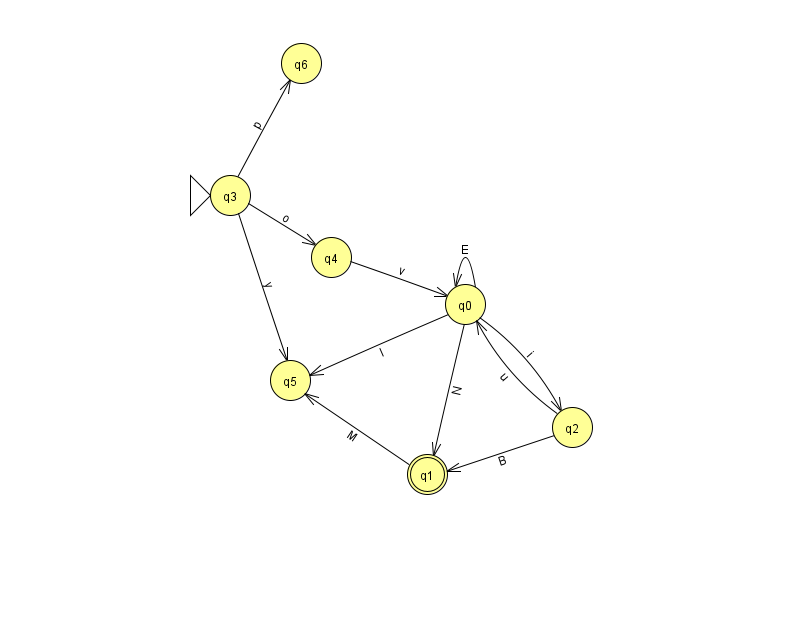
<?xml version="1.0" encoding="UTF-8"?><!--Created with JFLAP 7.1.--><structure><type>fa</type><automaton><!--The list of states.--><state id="0" name="q0"><x>465.0</x><y>291.0</y></state><state id="1" name="q1"><x>427.0</x><y>461.0</y><final/></state><state id="2" name="q2"><x>572.0</x><y>414.0</y></state><state id="3" name="q3"><x>230.0</x><y>182.0</y><initial/></state><state id="4" name="q4"><x>331.0</x><y>244.0</y></state><state id="5" name="q5"><x>290.0</x><y>367.0</y></state><state id="6" name="q6"><x>301.0</x><y>50.0</y></state><!--The list of transitions.--><transition><from>3</from><to>6</to><read>p</read></transition><transition><from>0</from><to>5</to><read>I</read></transition><transition><from>1</from><to>5</to><read>M</read></transition><transition><from>0</from><to>0</to><read>E</read></transition><transition><from>3</from><to>4</to><read>o</read></transition><transition><from>0</from><to>2</to><read>i</read></transition><transition><from>3</from><to>5</to><read>y</read></transition><transition><from>2</from><to>1</to><read>B</read></transition><transition><from>0</from><to>1</to><read>N</read></transition><transition><from>2</from><to>0</to><read>u</read></transition><transition><from>4</from><to>0</to><read>v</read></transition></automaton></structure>